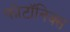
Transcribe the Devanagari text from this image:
फोटॉनिक्‍स